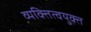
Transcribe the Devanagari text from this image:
व्यक्तित्वयुक्त